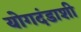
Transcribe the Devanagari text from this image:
योगदंडाशी